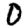
Digit: 0